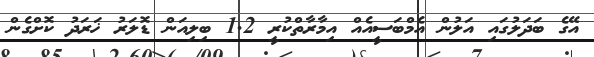
އޭގެ ބަދަލުގައި އަލުން އެމްބަސީއެއް އިމާރާތްކުރީ 1.2 ބިލިއަން ޑޮލަރު ޚަރަދު ކޮށްގެން